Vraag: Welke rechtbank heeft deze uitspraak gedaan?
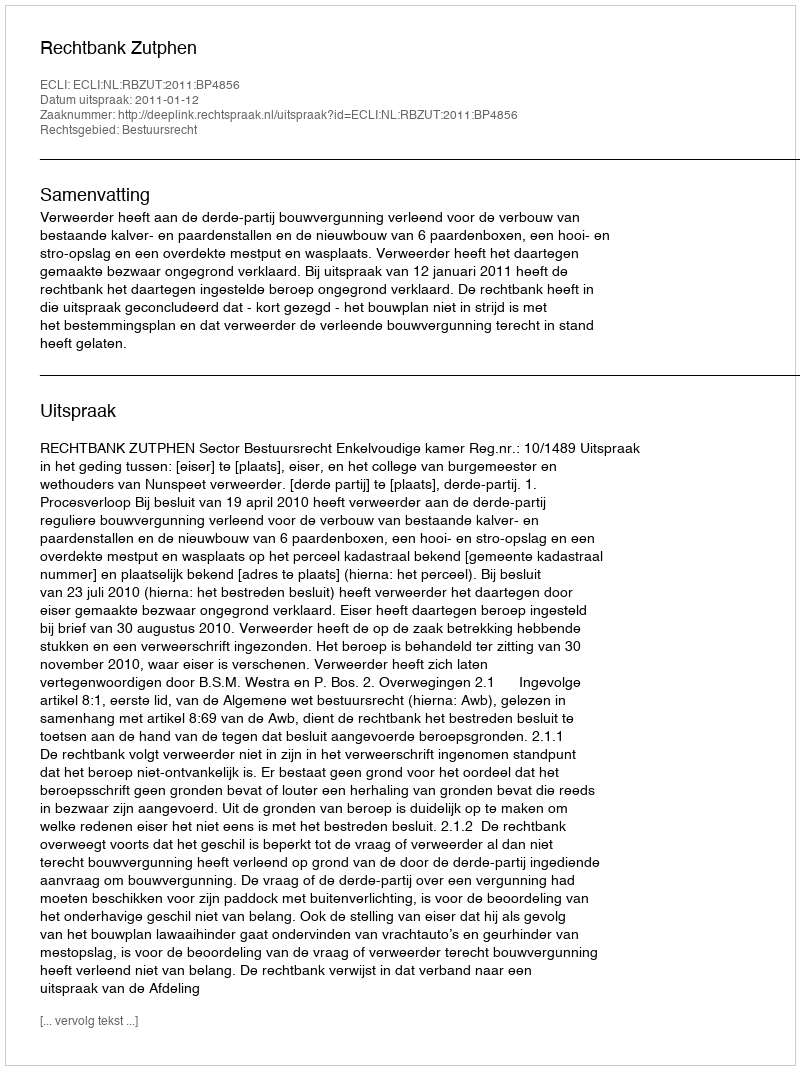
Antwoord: Rechtbank Zutphen